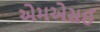
એમએસઈ